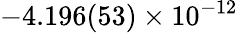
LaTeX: -4.196(53)\times 10^{-12}